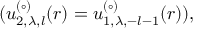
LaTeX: ( u _ { 2 , \lambda , l } ^ { ( \circ ) } ( r ) = u _ { 1 , \lambda , - l - 1 } ^ { ( \circ ) } ( r ) ) ,